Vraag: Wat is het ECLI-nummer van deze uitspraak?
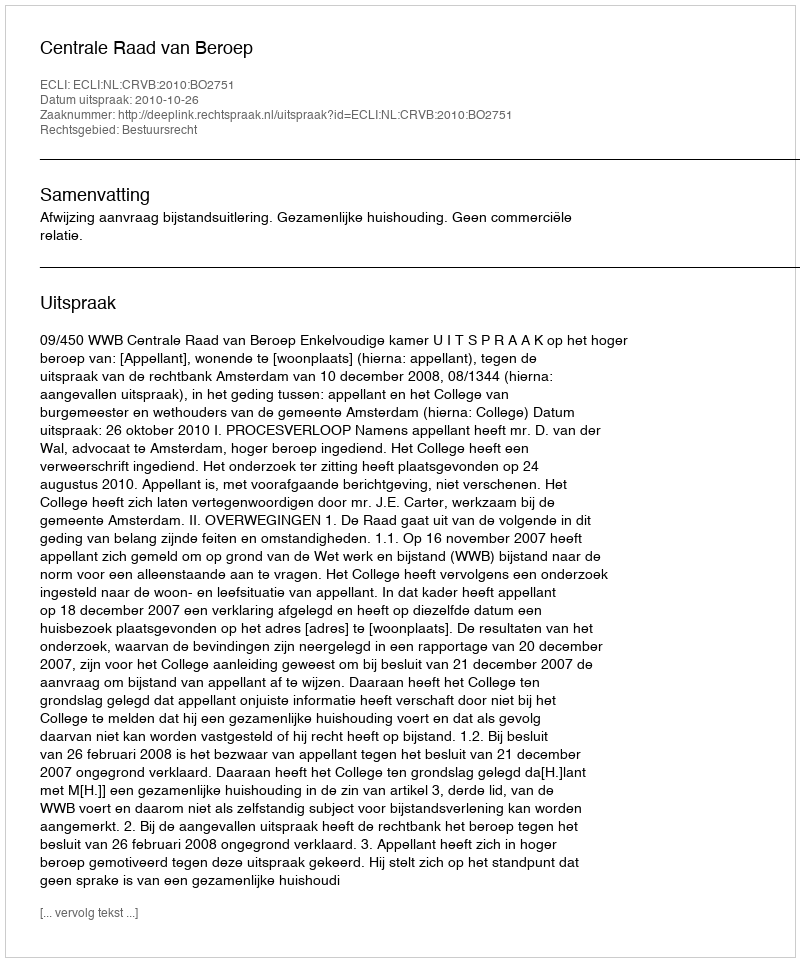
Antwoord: ECLI:NL:CRVB:2010:BO2751